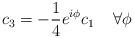
LaTeX: \begin{align*}c_{3}=-\frac{1}{4}e^{i\phi }c_{1}\; \; \; \; \forall \phi\end{align*}